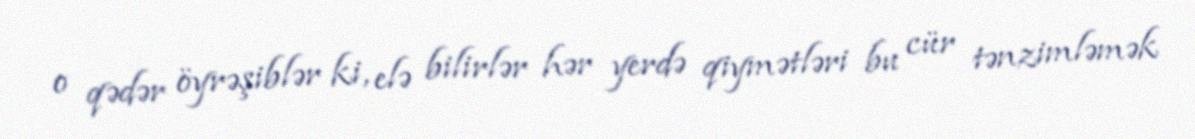
o qədər öyrəşiblər ki, elə bilirlər hər yerdə qiymətləri bu cür tənzimləmək